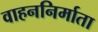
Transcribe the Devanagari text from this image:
वाहननिर्माता